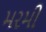
મરમી